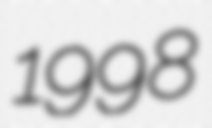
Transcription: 1998